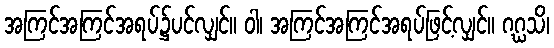
အကြင်အကြင်အရပ်၌ပင်လျှင်။ ဝါ၊ အကြင်အကြင်အရပ်ဖြင့်လျှင်။ ဂဂ္ဃသိ၊